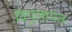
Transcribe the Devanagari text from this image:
विपुलायत